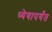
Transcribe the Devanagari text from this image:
ध्येयापर्यंत